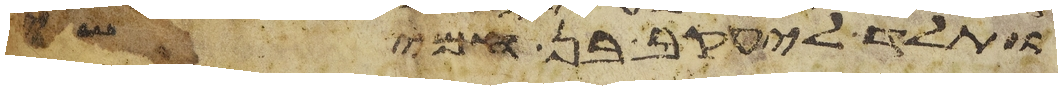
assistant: ותלד ליעקב בן חמישי